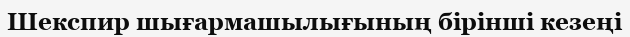
Шекспир шығармашылығының бірінші кезеңі